Indian Medical Review
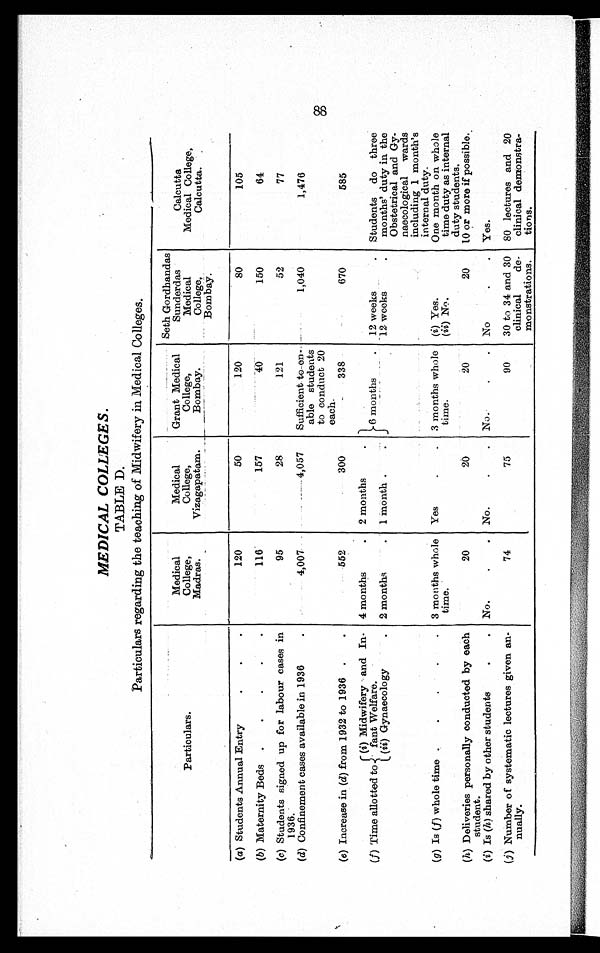
MEDICAL COLLEGES.
TABLE D.
Particulars regarding the teaching of Midwifery in Medical Colleges.
Particulars.
Medical
College,
Madras.
Medical
College,
Vizagapatam.
Grant Medical
College,
Bombay.
Seth Gordhandas
Sunderdas
Medical
College,
Bombay.
Calcutta
Medical College,
Calcutta.
(a) Students Annual Entry.
.
.
120
50
120
80
105
(b) Maternity Beds .
.
.
. .
116
157
40
150
64
(c) Students signed up for labour cases in
1936.
95
28
121
52
77
(d) Confinement cases available in 1936
4,007
4,057
Sufficient to en
able students
to conduct 20
each.
1,040
1,476
(e) Increase in (d) from 1932 to 1936.
552
300
338
670
585
(f) Time allotted to
(i) Midwifery and In
fant Welfare.
4 months
. 2 months
.
6 months
. 12 weeks
. Students do three
months' duty in the
Obstetrical and Gy
naecological wards
including 1 month's
internal duty.
(ii) Gynaecology
. 2 months
. 1 month .
.
12 weeks
.
(g) Is (f) whole time .
.
.
.
. 3 months whole
time.
Yes
.
. 3 months whole
time.
(i) Yes.
(ii) No.
One month on whole
time duty as internal
duty students.
(h) Deliveries personally conducted by each
student.
20
20
20
20
10 or more if possible.
(i) Is (h) shared by other students
.
. No.
.
. No.
.
. No.
.
. No
.
. Yes.
(j) Number of systematic lectures given an
nually.
74
75
90
30 to 34 and 30
clinical de
monstrations.
80 lectures and 20
clinical demonstra
tions.